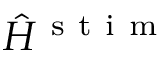
\hat { H } ^ { \mathrm { ~ s ~ t ~ i ~ m ~ } }